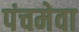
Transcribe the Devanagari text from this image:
पंचमेवा